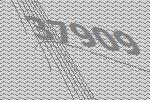
37909